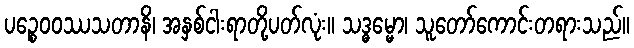
ပဉ္စေဝဝဿသတာနိ၊ အနှစ်ငါးရာတို့ပတ်လုံး။ သဒ္ဓမ္မော၊ သူတော်ကောင်းတရားသည်။